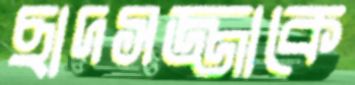
ছাদসজ্জাকে